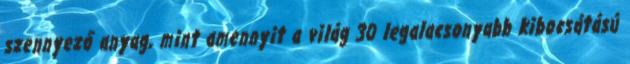
szennyező anyag, mint amennyit a világ 30 legalacsonyabb kibocsátású